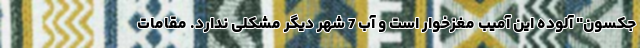
جکسون" آلوده این آمیب مغزخوار است و آب 7 شهر دیگر مشکلی ندارد. مقامات